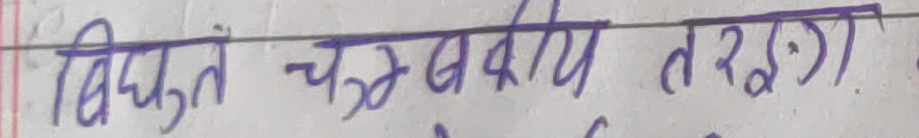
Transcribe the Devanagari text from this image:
विद्युत चुम्बकीय तरंग)